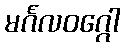
မင်္ဂလဝဂ္ဂေါ